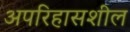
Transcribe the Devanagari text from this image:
अपरिहासशील